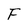
Character: F